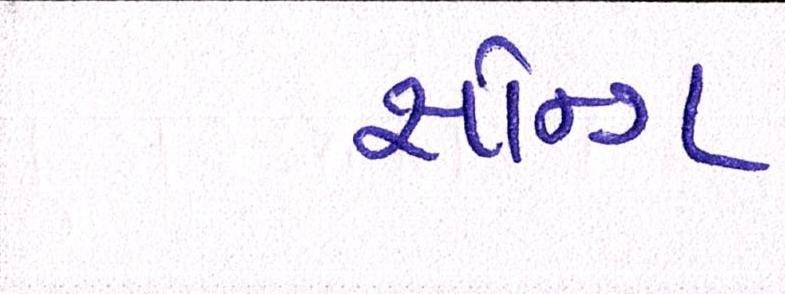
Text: સૉન્ગ